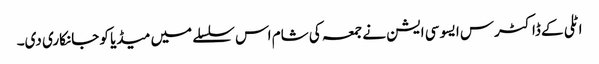
اٹلی کے ڈاکٹرس ایسو سی ایشن نے جمعہ کی شام اس سلسلے میں میڈیا کو جانکاری دی۔